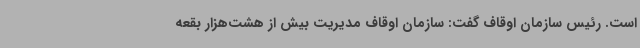
است. رئیس سازمان اوقاف گفت: سازمان اوقاف مدیریت بیش از هشت‌هزار بقعه